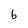
Character: 6